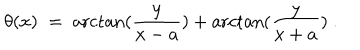
\theta ( x ) \; = \; \operatorname { a r c t a n } ( \frac { y } { x - a } ) + \operatorname { a r c t a n } ( \frac { y } { x + a } ) \; .